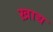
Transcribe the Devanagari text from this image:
ख़ाद्य